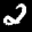
Label: 2